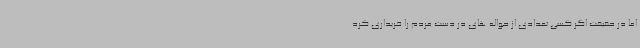
اما در حقیقت اگر کسی تعدادی از حواله های در دست مردم را خریداری کرد